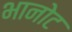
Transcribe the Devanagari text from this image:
भानोट